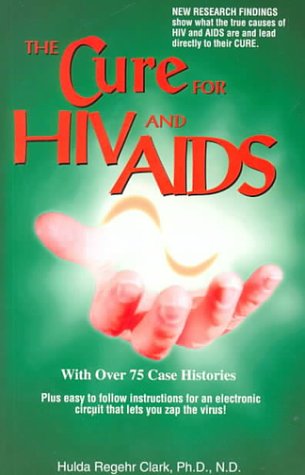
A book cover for The Cure for HIV and AIDS; Hulda Rehehr Clark; Health, Fitness & Dieting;